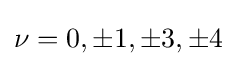
\nu =0,\pm 1,\pm 3,\pm 4